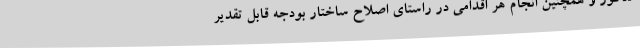
مذکور و همچنین انجام هر اقدامی در راستای اصلاح ساختار بودجه قابل تقدیر